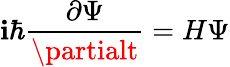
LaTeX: \mathbf{i}\hbar{\frac{{\partial\Psi}}{{\partialt}}}=H\Psi